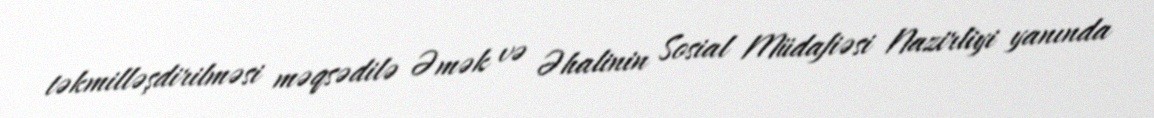
təkmilləşdirilməsi məqsədilə Əmək və Əhalinin Sosial Müdafiəsi Nazirliyi yanında